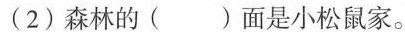
(2)森林的( )面是小松鼠家。